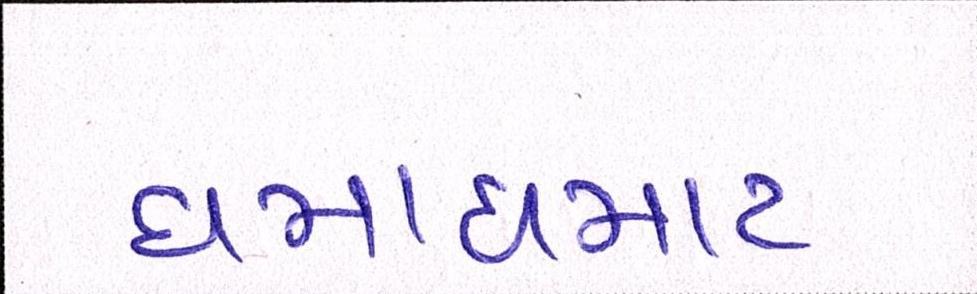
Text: ધમાધમાટ